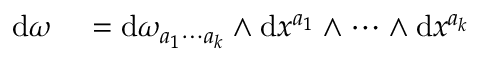
\begin{array} { r l } { \mathrm { d } \omega } & { { } = \mathrm { d } \omega _ { a _ { 1 } \cdots a _ { k } } \wedge \mathrm { d } x ^ { a _ { 1 } } \wedge \cdots \wedge \mathrm { d } x ^ { a _ { k } } } \end{array}